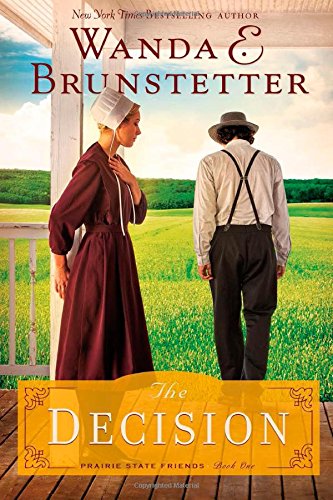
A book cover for Decision: (The Prairie State Friends); Wanda E. Brunstetter; Romance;